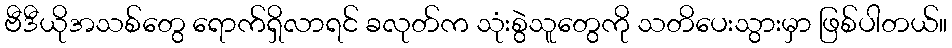
ဗီဒီယိုအသစ်တွေ ရောက်ရှိလာရင် ခလုတ်က သုံးစွဲသူတွေကို သတိပေးသွားမှာ ဖြစ်ပါတယ်။